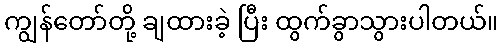
ကျွန်တော်တို့ ချထားခဲ့ ပြီး ထွက်ခွာသွားပါတယ်။